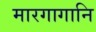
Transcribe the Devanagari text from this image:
मारगागानि